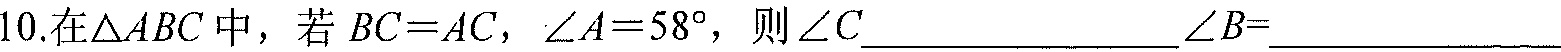
10.在\(\triangle ABC\)中，若 \(BC = AC\)，\(\angle A = 58^{\circ}\)，则\(\angle C\)____________\(\angle B=\)__________